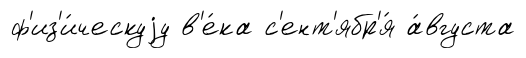
ф'из'и́ческуjу в'е́ка с'ент'ябр'я́ а́вгуста